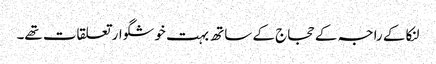
لنکا کے راجہ کے حجاج کے ساتھ بہت خوشگوار تعلقات تھے۔